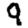
Digit: 9